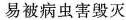
易被病虫害毁灭